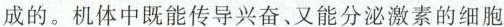
成的。机体中既能传导兴奋，又能分泌激素的细胞